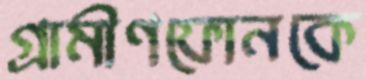
গ্রামীণফোনকে